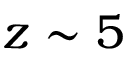
z \sim 5